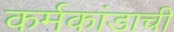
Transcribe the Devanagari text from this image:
कर्मकांडाची